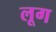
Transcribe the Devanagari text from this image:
लूग